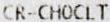
CR-CHOCLT